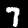
Digit: 7